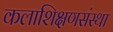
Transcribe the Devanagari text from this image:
कलाशिक्षणसंस्था